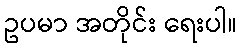
ဥပမာ အတိုင်း ရေးပါ။